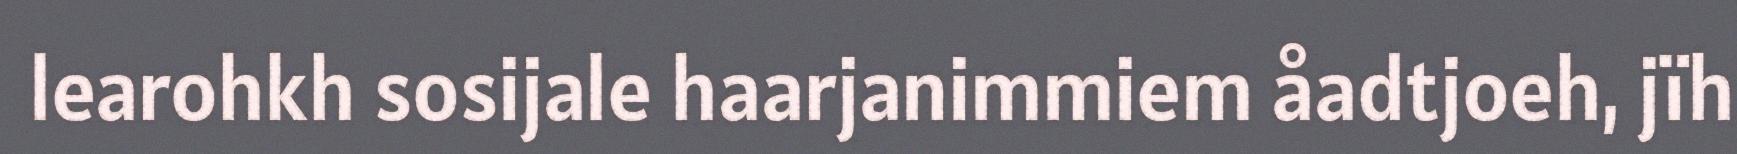
learohkh sosijale haarjanimmiem åadtjoeh, jïh